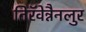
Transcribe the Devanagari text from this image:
तिरॅवेन्नैनलुर